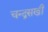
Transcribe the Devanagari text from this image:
चन्द्रसखी